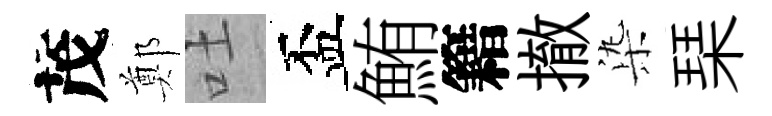
茂鄭吐盃鮪籍撤𣑱琹